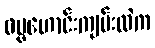
ဓမ္မဟောင်းကျမ်းထဲက